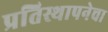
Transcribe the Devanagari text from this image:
प्रतिस्थापनेचा